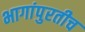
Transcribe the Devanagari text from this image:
भागांपुरतीच